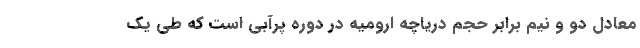
معادل دو و نیم برابر حجم دریاچه ارومیه در دوره پرآبی است که طی یک